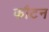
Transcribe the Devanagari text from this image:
कौटन